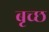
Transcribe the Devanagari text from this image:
बृच्‍छ